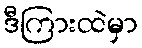
ဒီကြားထဲမှာ